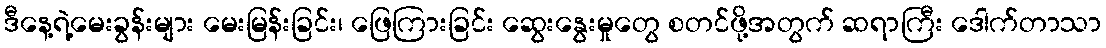
ဒီနေ့ရဲ့မေးခွန်းများ မေးမြန်းခြင်း၊ ဖြေကြားခြင်း ဆွေးနွေးမှုတွေ စတင်ဖို့အတွက် ဆရာကြီး ဒေါက်တာသာ